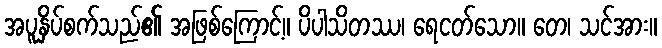
အပူနှိပ်စက်သည်၏ အဖြစ်ကြောင့်။ ပိပါသိတဿ၊ ရေငတ်သော။ တေ၊ သင်အား။